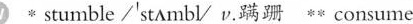
w stumble /'stAmbV v,蹒跚consume